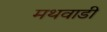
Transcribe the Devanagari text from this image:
मथवाडी